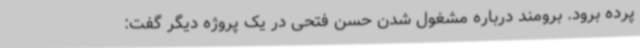
پرده برود. برومند درباره مشغول شدن حسن فتحی در یک پروژه دیگر گفت: